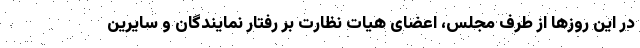
در این روزها از طرف مجلس، اعضای هیات نظارت بر رفتار نمایندگان و سایرین